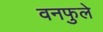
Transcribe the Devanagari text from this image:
वनफुले